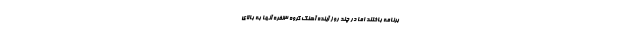
برنامه باختند اما در چند روز آینده آهنگ گروه 3‌نفره آنها به بالای